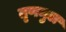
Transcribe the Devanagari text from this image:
तृणमुल